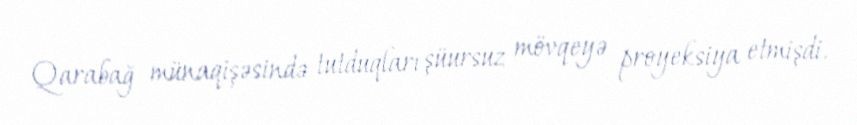
Qarabağ münaqişəsində tutduqları şüursuz mövqeyə proyeksiya etmişdi.